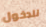
للدخول